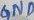
Text: GND